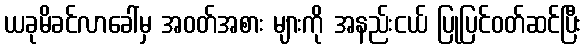
ယခုမိခင်လာခေါ်မှ အဝတ်အစား များကို အနည်းငယ် ပြုပြင်ဝတ်ဆင်ပြီး